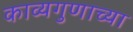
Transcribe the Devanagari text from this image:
काव्यगुणाच्या